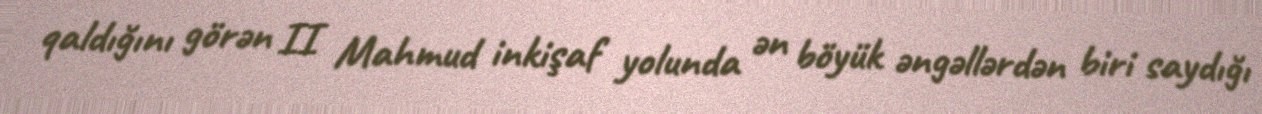
qaldığını görən II Mahmud inkişaf yolunda ən böyük əngəllərdən biri saydığı